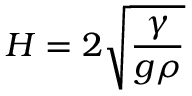
H = 2 { \sqrt { \frac { \gamma } { g \rho } } }